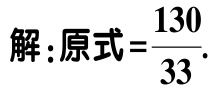
解：原式\(=\frac{130}{33}\).